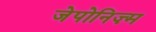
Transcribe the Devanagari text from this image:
जेपोनिज़्म